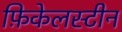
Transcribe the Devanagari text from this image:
फ़िकेलस्टीन